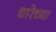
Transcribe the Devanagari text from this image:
धारेच्या